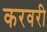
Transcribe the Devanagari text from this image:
करवरी